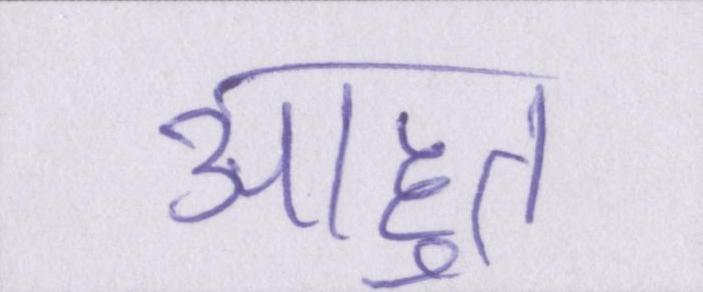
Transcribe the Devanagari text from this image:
आहूत